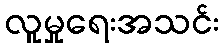
လူမှုရေးအသင်း